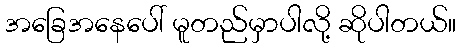
အခြေအနေပေါ် မူတည်မှာပါလို့ ဆိုပါတယ်။